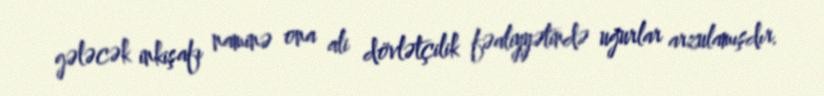
gələcək inkişafı naminə ona ali dövlətçilik fəaliyyətində uğurlar arzulamışdır.